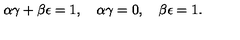
\alpha \gamma + \beta \epsilon = 1 , \quad \alpha \gamma = 0 , \quad \beta \epsilon = 1 .